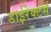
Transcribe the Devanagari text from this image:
डाईरेक्टर्स